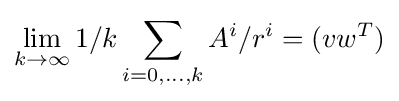
\lim _{k\rightarrow \infty }1/k\sum _{i=0,...,k}A^{i}/r^{i}=(vw^{T})